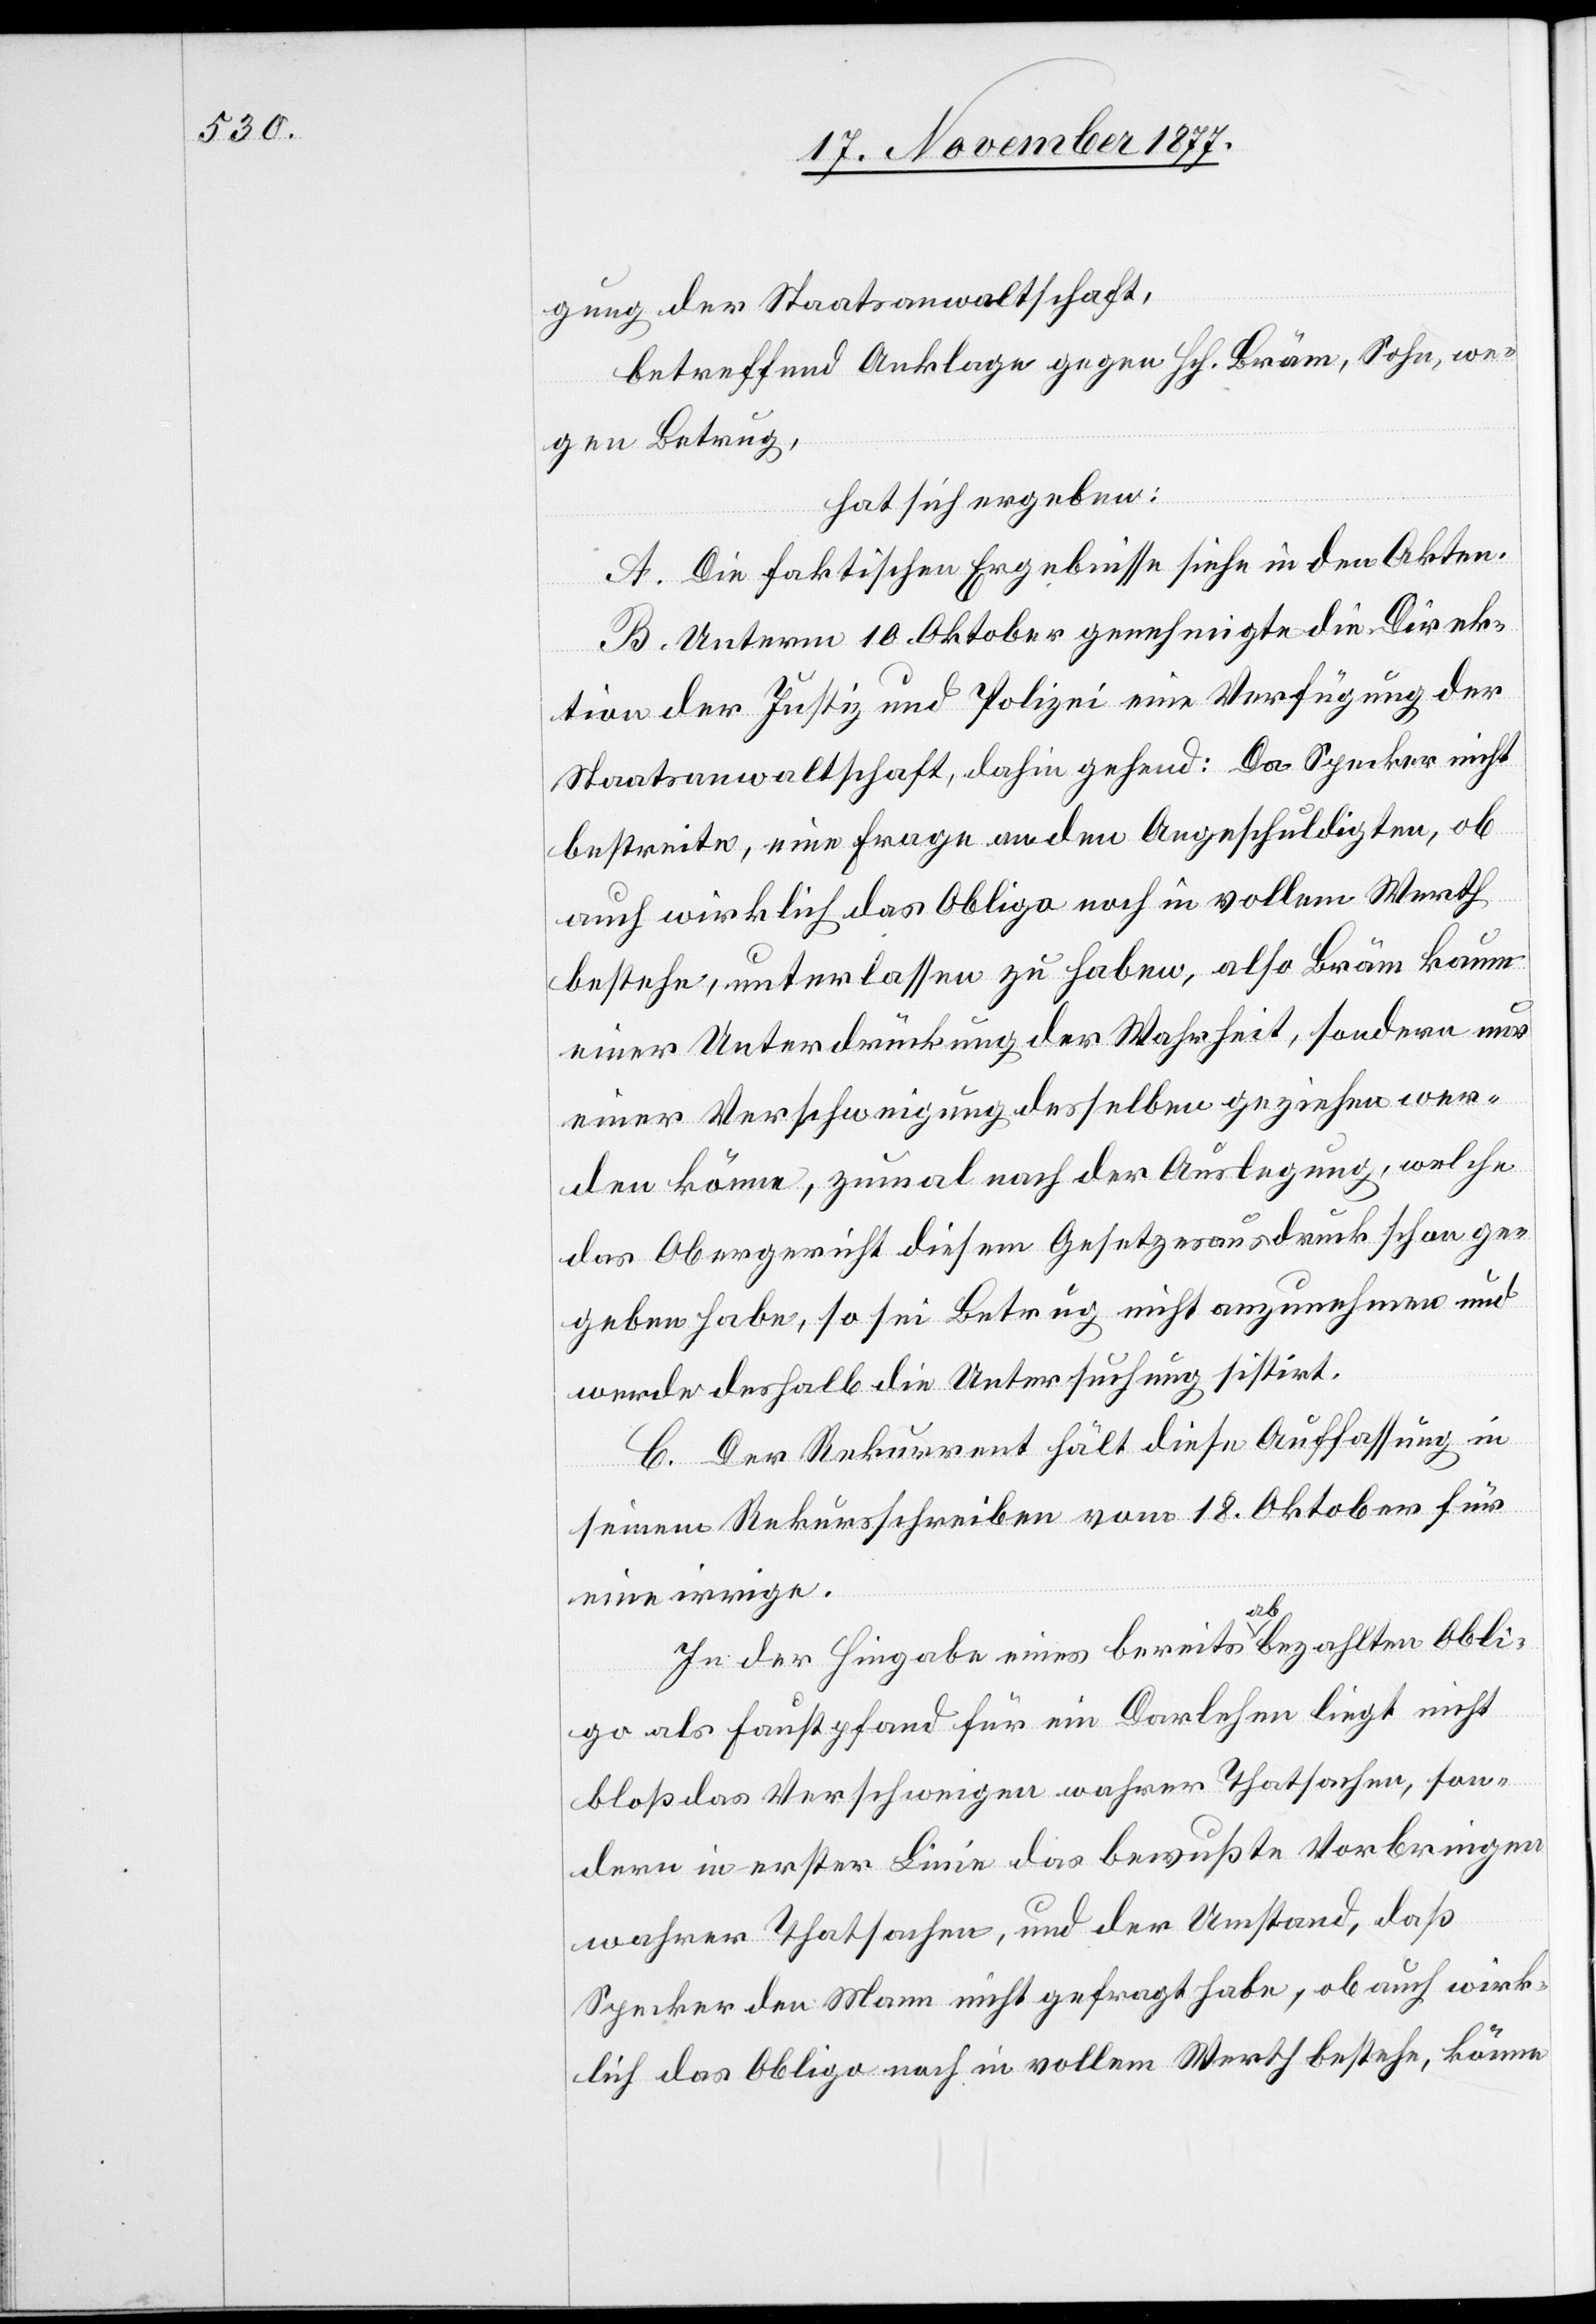
gung der Staatsanwaltschaft,
betreffend Anklage gegen Hch. Bräm, Sohn, we¬
gen Betrug,
hat sich ergeben:
A. Die faktischen Ergebnisse siehe in den Akten.
B. Unterm 10. Oktober genehmigte die Direk¬
tion der Justiz und Polizei eine Verfügung der
Staatsanwaltschaft, dahin gehend: Da Specker nicht
bestreite, eine Frage an den Angeschuldigten, ob
auch wirklich das Obligo noch in vollem Werth
bestehe, unterlassen zu haben, also Bräm kaum
einer Unterdrückung der Wahrheit, sondern nur
einer Verschweigung desselben geziehen wer¬
den könne, zumal nach der Auslegung, welche
das Obergericht diesem Gesetzesausdruck schon ge¬
geben habe, so sei Betrug nicht anzunehmen und
werde deshalb die Untersuchung sistirt.
C. Der Rekurrent hält diese Auffassung in
seinem Rekursschreiben vom 18. Oktober für
eine irrige.
In der Hingabe eines bereits abbezahlten Obli¬
go als Faustpfand für ein Darlehen liegt nicht
bloß das Verschweigen wahrer Thatsachen, son¬
dern in erster Linie das bewußte Vorbringen
wahrer Thatsachen, und der Umstand, daß
Specker den Mann nicht gefragt habe, ob auch wirk¬
lich das Obligo noch in vollem Werth bestehe, könne